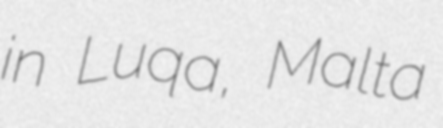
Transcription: in Luqa, Malta